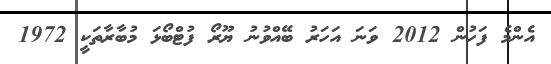
އެންމެ ފަހުން 2012 ވަނަ އަހަރު ބޭއްވުނު ޔޫރޯ ފުޓްބޯޅަ މުބާރާތަކީ 1972